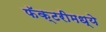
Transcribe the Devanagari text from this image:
फॅक्टरीमध्ये